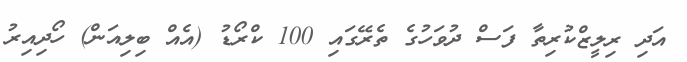
އަދި ރިލީޒްކުރިތާ ފަސް ދުވަހުގެ ތެރޭގައި 100 ކްރޯޑު (އެއް ބިލިއަން) ހޯދިއިރު